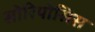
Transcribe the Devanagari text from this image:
सोरियोसिस